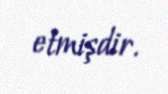
etmişdir.